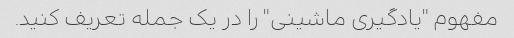
مفهوم "یادگیری ماشینی" را در یک جمله تعریف کنید.